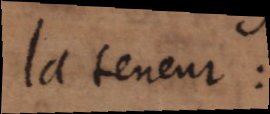
la teneur: